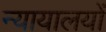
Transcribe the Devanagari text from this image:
न्यायालयोंं